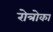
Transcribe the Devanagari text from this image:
रोत्रोका